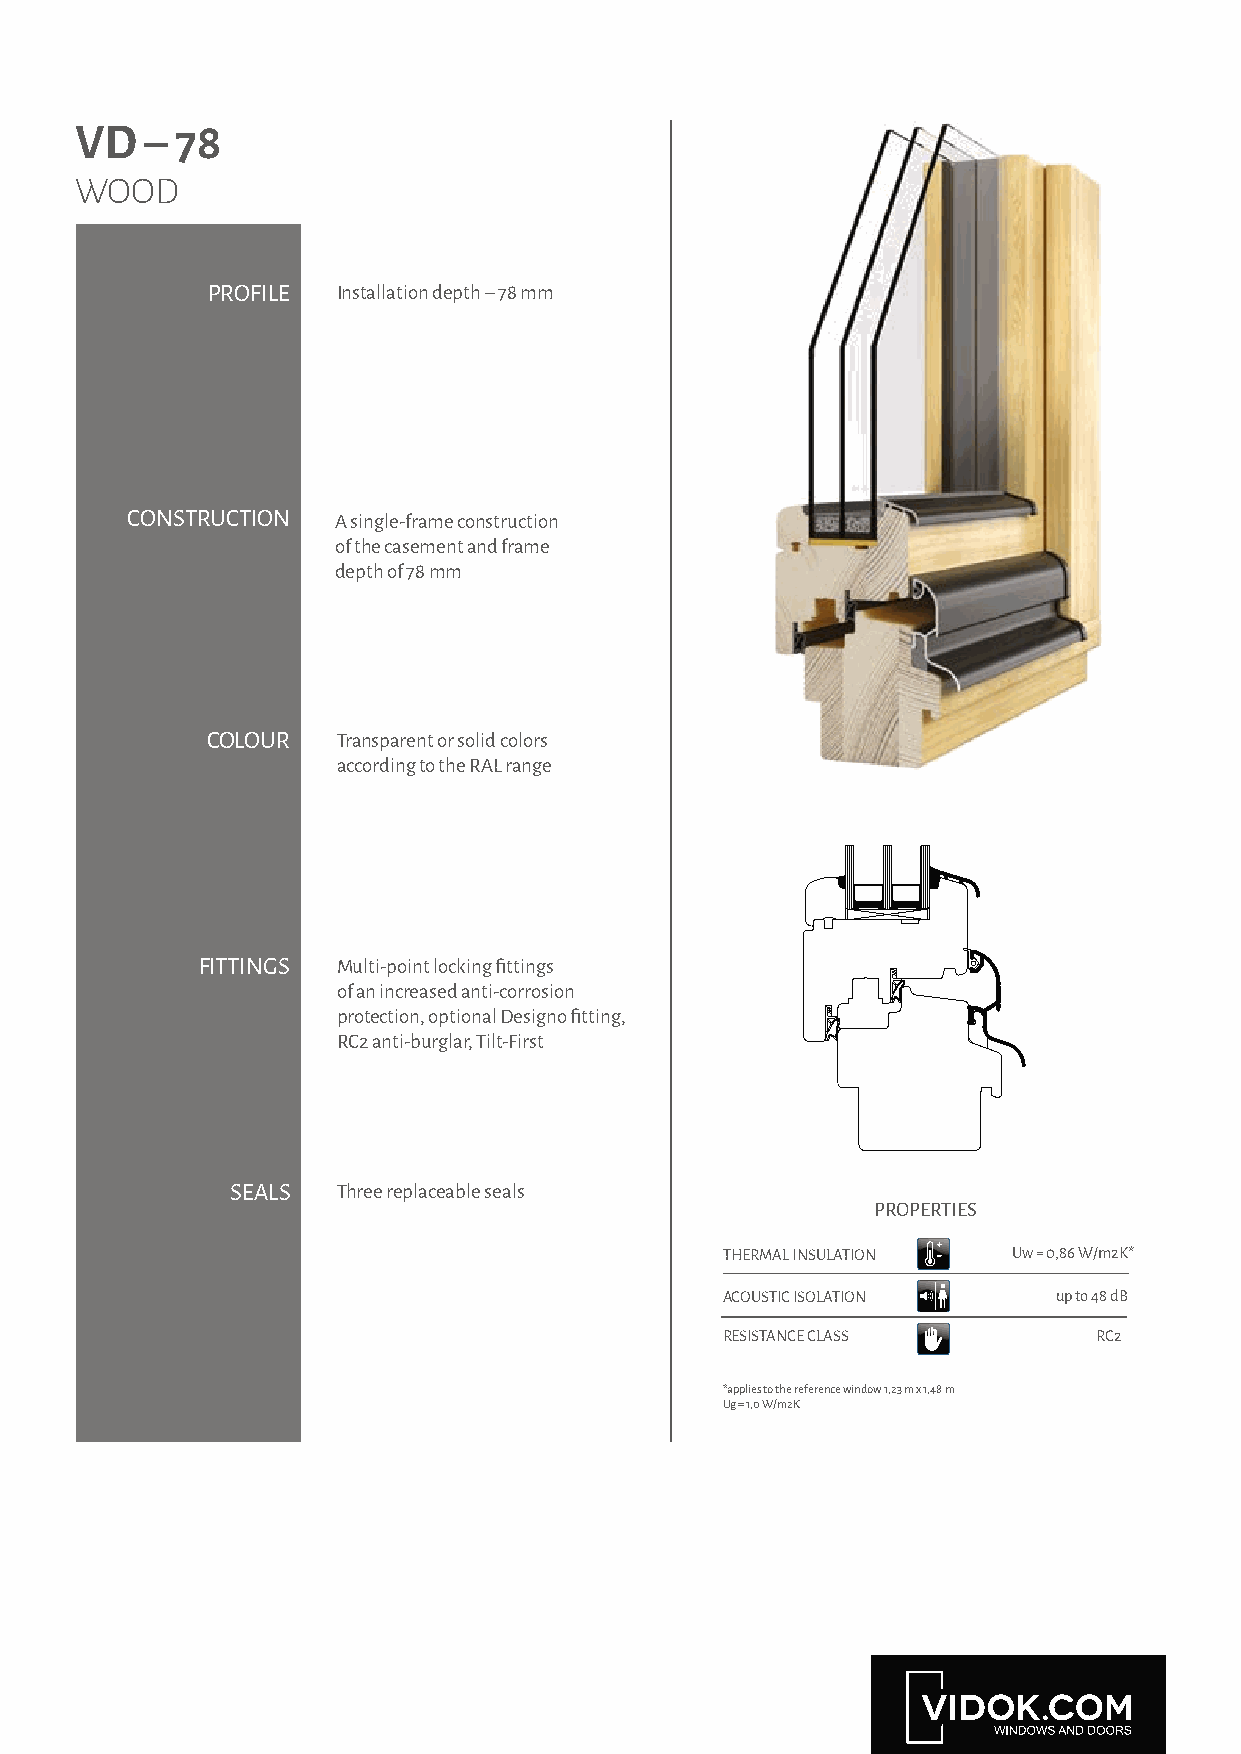
VD   – 78
 WOOD
 PROFILE Installation depth – 78 mm
 CONSTRUCTION  A single-frame construction
 of the casement and frame
 depth of 78 mm
 COLOUR  Transparent or solid colors
 according to the RAL range
 FITTINGS Multi-point locking fittings
 of an increased anti-corrosion
 protection, optional Designo fitting,
 RC2 anti-burglar, Tilt-First
 SEALS  Three replaceable seals
 PROPERTIES
 THERMAL INSULATION Uw = 0,86 W/m2K*
 ACOUSTIC ISOLATION    up to 48 dB
 RESISTANCE CLASS         RC2
 *applies to the reference window 1,23 m x 1,48 m
 Ug = 1,0 W/m2K